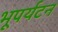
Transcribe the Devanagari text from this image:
भूपर्यटन